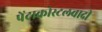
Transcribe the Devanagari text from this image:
पेंटाकोस्टलवादी